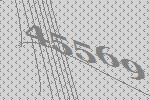
45569